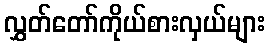
လွှတ်တော်ကိုယ်စားလှယ်များ